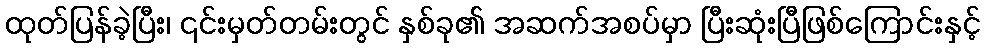
ထုတ်ပြန်ခဲ့ပြီး၊ ၎င်းမှတ်တမ်းတွင် နှစ်ခု၏ အဆက်အစပ်မှာ ပြီးဆုံးပြီဖြစ်ကြောင်းနှင့်